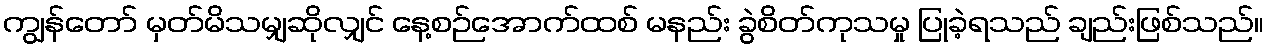
ကျွန်တော် မှတ်မိသမျှဆိုလျှင် နေ့စဉ်အောက်ထစ် မနည်း ခွဲစိတ်ကုသမှု ပြုခဲ့ရသည် ချည်းဖြစ်သည်။